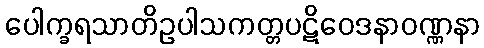
ပေါက္ခရသာတိဥပါသကတ္တပဋိဝေဒနာဝဏ္ဏနာ